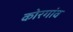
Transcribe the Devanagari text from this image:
कोरगांव